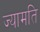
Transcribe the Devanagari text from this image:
ज्यामति